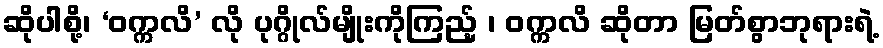
ဆိုပါစို့၊ ‘ဝက္ကလိ’ လို ပုဂ္ဂိုလ်မျိုးကိုကြည့် ၊ ဝက္ကလိ ဆိုတာ မြတ်စွာဘုရားရဲ့